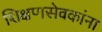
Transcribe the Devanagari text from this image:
शिक्षणसेवकांना